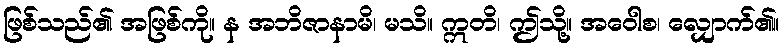
ဖြစ်သည်၏ အဖြစ်ကို။ န အဘိဇာနာမိ၊ မသိ။ ဣတိ၊ ဤသို့။ အဝေါစ၊ လျှောက်၏။